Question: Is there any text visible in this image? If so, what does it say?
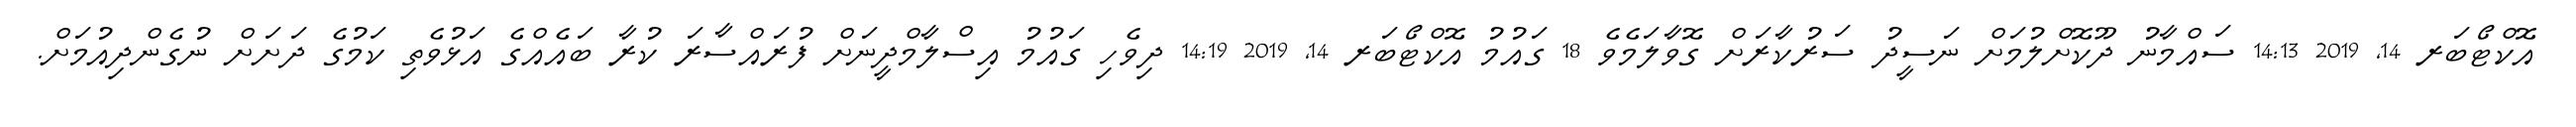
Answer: އޮކްޓޯބަރ 14, 2019 14:13 ސައްމާނު ދޫކޮށްލުމަށް ނަސީދު ސަރުކާރަށް ގޮވާލަމެވެ 18 ގައުމު އޮކްޓޯބަރ 14, 2019 14:19 ދިވެހި ގައުމު އިސްލާމްދީނަށް ފުރައްސާރަ ކުރާ ބައެއްގެ އަޅުވެތި ކަމުގެ ދަށަށް ނުގެންދިއުމަށް.